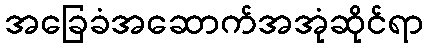
အခြေခံအဆောက်အအုံဆိုင်ရာ